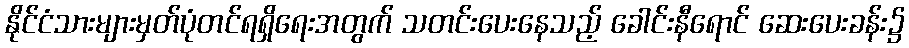
နိုင်ငံသားများမှတ်ပုံတင်ရရှိရေးအတွက် သတင်းပေးနေသည့် ခေါင်းနီရောင် ဆေးပေးခန်း၌